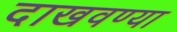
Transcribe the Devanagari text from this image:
दाखवण्या